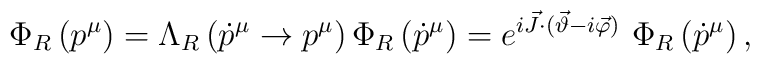
\Phi _{R}\left( p^{\mu }\right) =\Lambda _{R}\left( \dot p^{\mu }\to p^{\mu }\right)\Phi _{R}\left( \dot p^{\mu }\right) =e^{ i\vec{J}\cdot ( \vec{\vartheta}-i \vec{\varphi} )}~\Phi _{R}\left( \dot p^{\mu }\right),